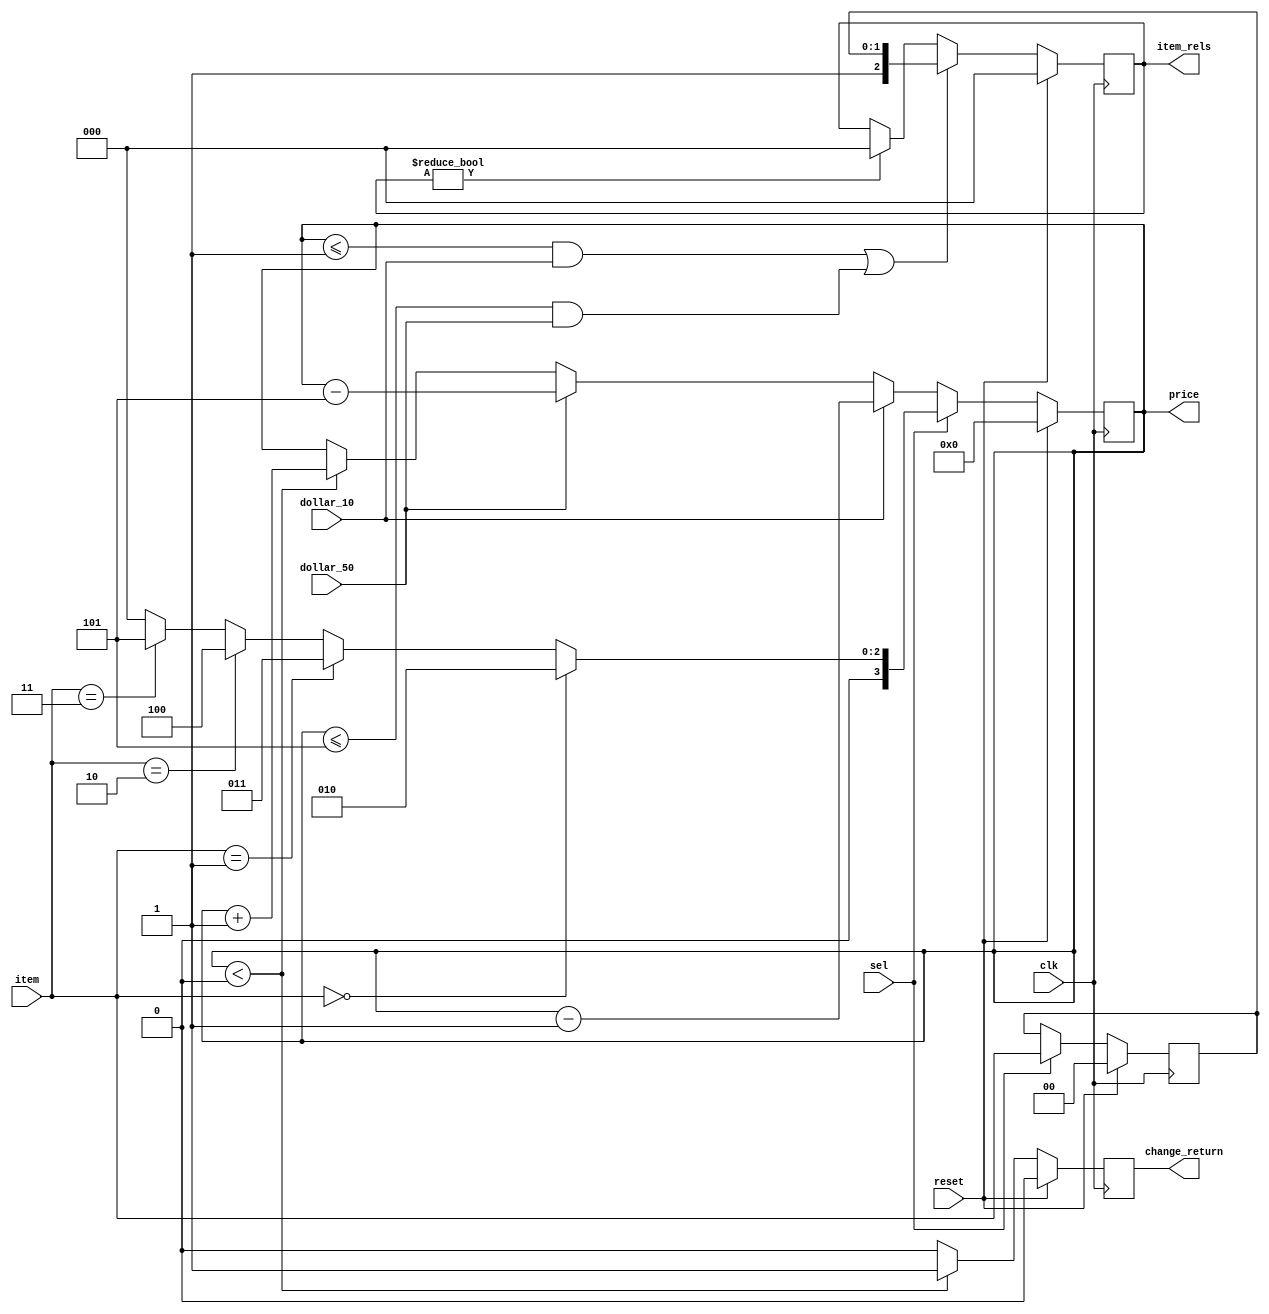
module vending_machine(clk, reset, item, sel, dollar_10, dollar_50, price, item_rels, change_return); 
input 		clk; 
input 		reset; 		/* active high, synchronous reset*/ 
input [1:0] item; 		/* item selection, transition @ negedge(clk) */ 
input 		sel; 		/* confirm the selection, active high, transition @ negedge(clk) */ 
input 		dollar_10; 	/* valid for 1 clock cycle, transition @ negedge(clk) */ 
input 		dollar_50; 	/* valid for 1 clock cycle, transition @ negedge(clk) */ 

output reg signed [3:0] price; 			/* always valid, refer to Table 2, transition @ posedge(clk) */ 
output reg 		  [2:0] item_rels; 		/* refer to Table 3, transition @ posedge(clk) */ 
output reg 		 		change_return; 	/* one clock cycle for one coin return, transition @ posedge(clk) */ 

// items encoding
localparam WATER 	= 2'b00;
localparam TEA 		= 2'b01;
localparam COKE 	= 2'b10;
localparam JUICE 	= 2'b11;

localparam PRICE_WATER 	= 4'b0010;
localparam PRICE_TEA 	= 4'b0011;
localparam PRICE_COKE 	= 4'b0100;
localparam PRICE_JUICE 	= 4'b0101;

reg [1:0] item_reg;

// The lastest selected item
always@(posedge clk) begin
	if(reset) begin
		item_reg <= WATER;
	end
	else if(sel) begin
		item_reg <= item;
	end
end

// price
wire signed [3:0] selected_item_price = (item == WATER)? PRICE_WATER 	:
										(item == TEA)  ? PRICE_TEA 		:	
										(item == COKE) ? PRICE_COKE		:
										(item == JUICE)? PRICE_JUICE 	: 4'd0;

always@(posedge clk) begin
	if(reset) begin
		price <= 4'd0;
	end
	else if(sel == 1'b1)begin
		price <= selected_item_price;
	end
	else if(dollar_10) begin
		price <= price - 4'd1;
	end
	else if(dollar_50) begin
		price <= price - 4'd5;
	end
	else if(price < 4'sd0) begin
		price <= price + 4'd1;
	end
end


// item release
always@(posedge clk) begin
	if(reset) begin
		item_rels <= 3'b000;
	end
	else if((price <= 4'd1 && dollar_10) || (price <= 4'd5 && dollar_50)) begin
		item_rels <= {1'b1, item_reg};
	end
	else if(item_rels != 3'b000) begin
		item_rels <= 3'b000;
	end
end

// change return
always@(posedge clk) begin
	if(reset) begin
		change_return <= 1'b0;
	end
	else if(price < 4'sd0) begin
		change_return <= 1'b1;
	end
	else begin
		change_return <= 1'b0;
	end
end

endmodule